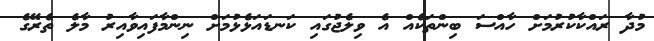
މުދާ ރައްކާކުރުމަށް ހާއްސަ ބިންތަކެއް އެ ވިލެޖުގައި ކަނޑައަޅެޅުމަށް ނިންމާފައިވާއިރު މާލެ ތެރޭގެ